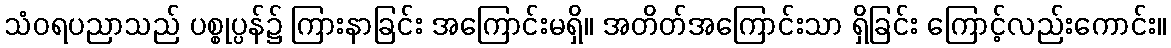
သံဝရပညာသည် ပစ္စုပ္ပန်၌ ကြားနာခြင်း အကြောင်းမရှိ။ အတိတ်အကြောင်းသာ ရှိခြင်း ကြောင့်လည်းကောင်း။